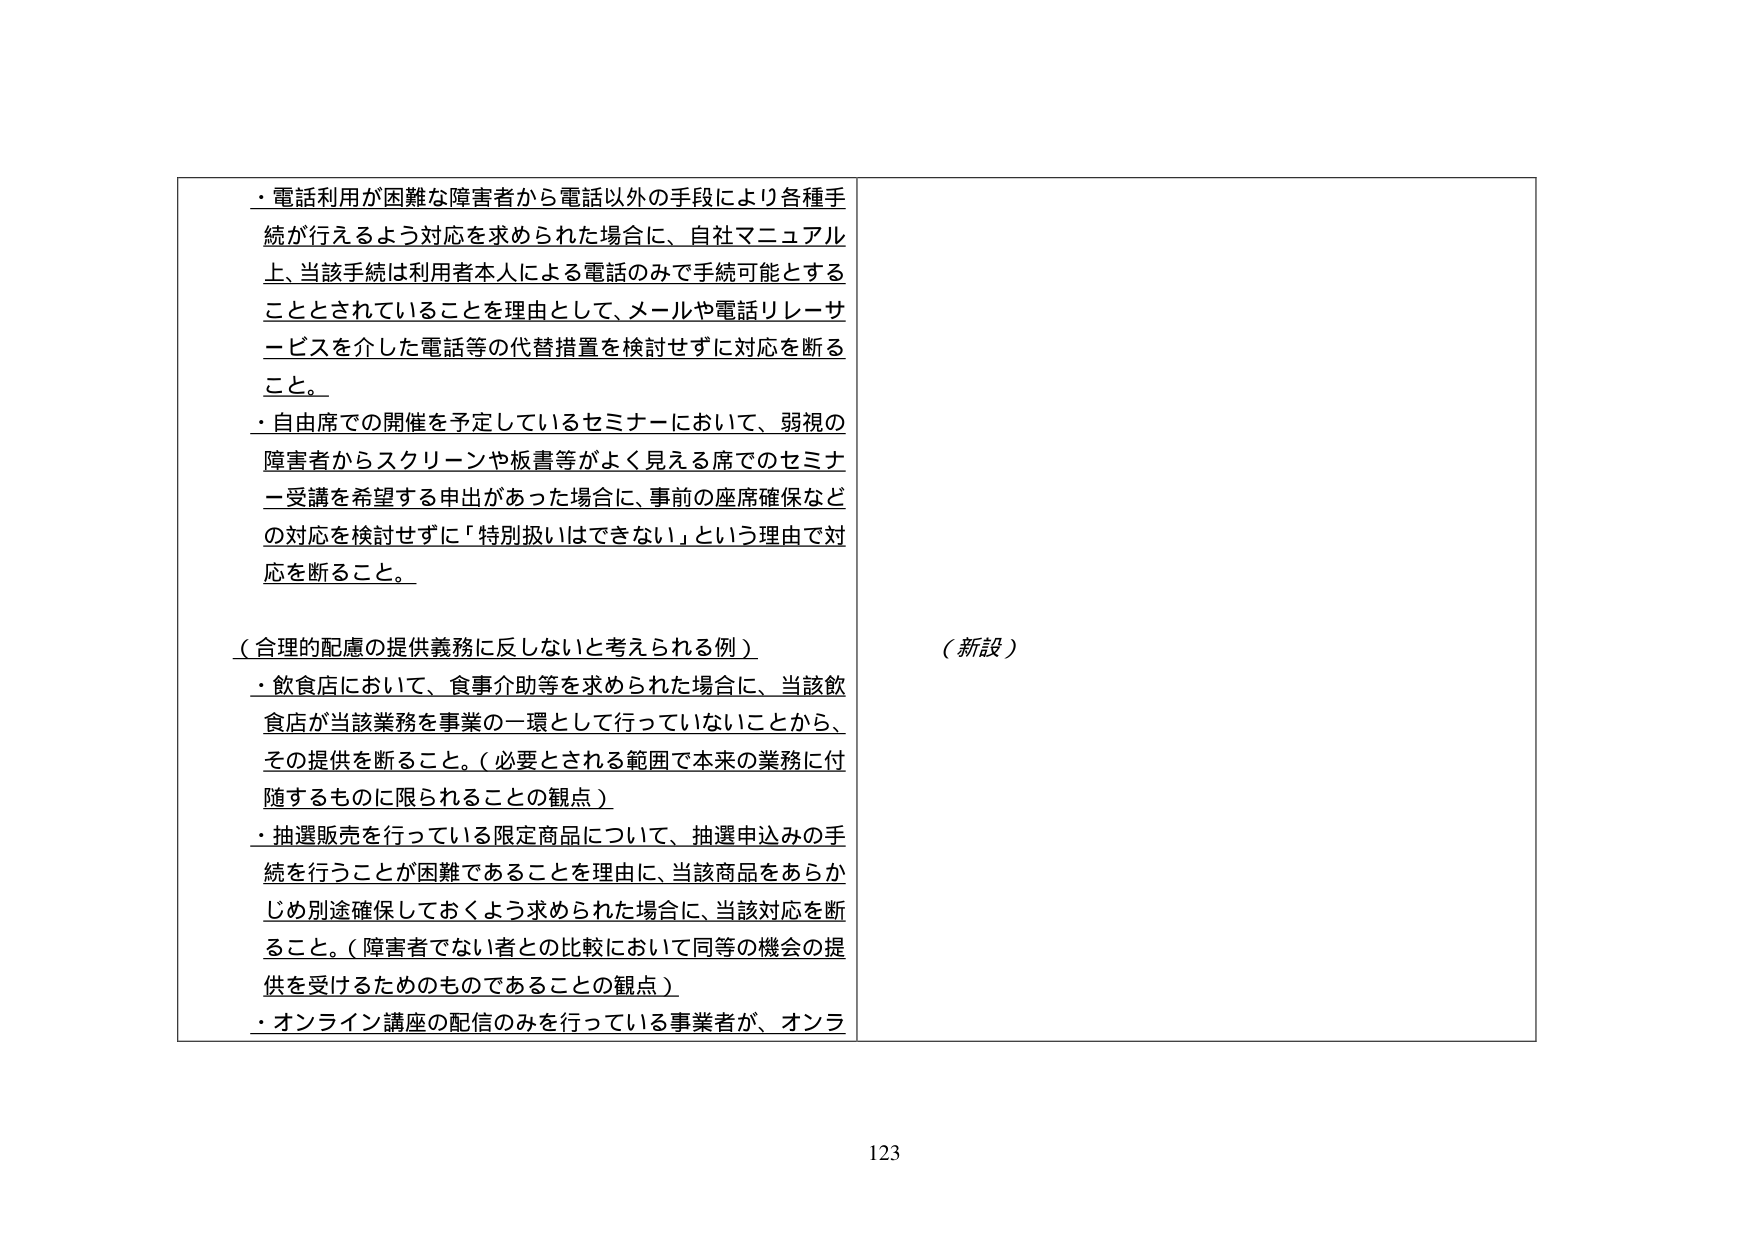
・電話利用が困難な障害者から電話以外の手段により各種手続が行えるよう対応を求められた場合に、自社マニュアル上、当該手続は利用者本人による電話のみで手続可能とすることとされていることを理由として、メールや電話リレーサービスを介した電話等の代替措置を検討せずに対応を断ること。

・自由席での開催を予定しているセミナーにおいて、弱視の障害者からスクリーンや板書等がよく見える席でのセミナー受講を希望する申出があった場合に、事前の座席確保などの対応を検討せずに「特別扱いはできない」という理由で対応を断ること。

（合理的配慮の提供義務に反しないと考えられる例）
・飲食店において、食事介助等を求められた場合に、当該飲食店が当該業務を事業の一環として行っていないことから、その提供を断ること。（必要とされる範囲で本来の業務に付随するものに限られることの観点）
・抽選販売を行っている限定商品について、抽選申込みの手続を行うことが困難であることを理由に、当該商品をあらかじめ別途確保しておくよう求められた場合に、当該対応を断ること。（障害者でない者との比較において同等の機会の提供を受けるためのものであることの観点）
・オンライン講座の配信のみを行っている事業者が、オンラ

（新設）

123